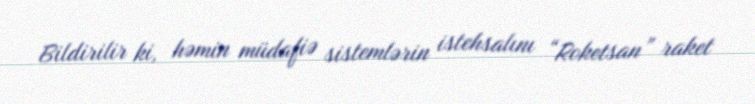
Bildirilir ki, həmin müdafiə sistemlərin istehsalını “Roketsan” raket